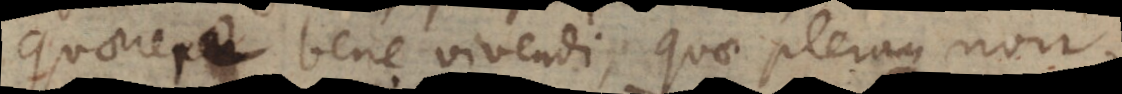
quaerere bene vivendi, quae pleraque non